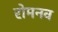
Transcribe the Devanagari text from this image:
रोमनव